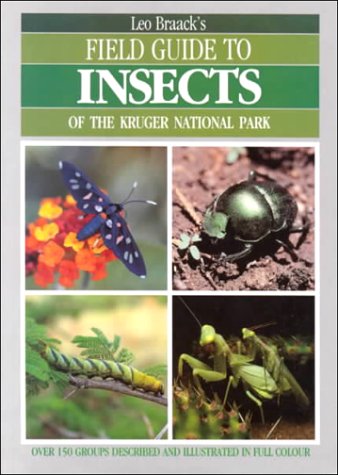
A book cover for Field Guide to Insects of Kruger National Park; L. E. O. Braack; Sports & Outdoors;